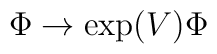
\Phi \rightarrow \exp(V)\Phi